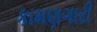
કામણગારી